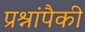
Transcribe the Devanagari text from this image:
प्रश्नांपैकी